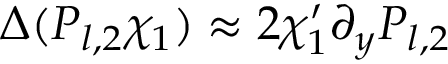
\Delta ( P _ { l , 2 } \chi _ { 1 } ) \approx 2 \chi _ { 1 } ^ { \prime } \partial _ { y } P _ { l , 2 }